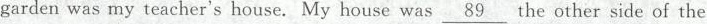
garden was my teacher's house. My house was \underline{89} the other side of the